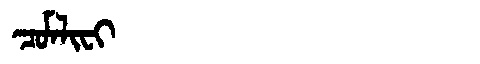
Manchu: ᠴᠣᠮᠯᡳᠸᡳ
Romanization: COMLIFI